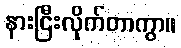
နားငြီးလိုက်တာကွာ။